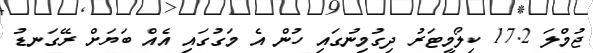
ޖުމްލަ 17.2 ކިލޯމީޓަރު ދިގުމިނުގައި ހުން އެ މަގުގައި އެއް ބަޔަށް ރޭގަނޑު